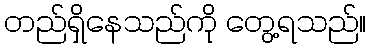
တည်ရှိနေသည်ကို တွေ့ရသည်။